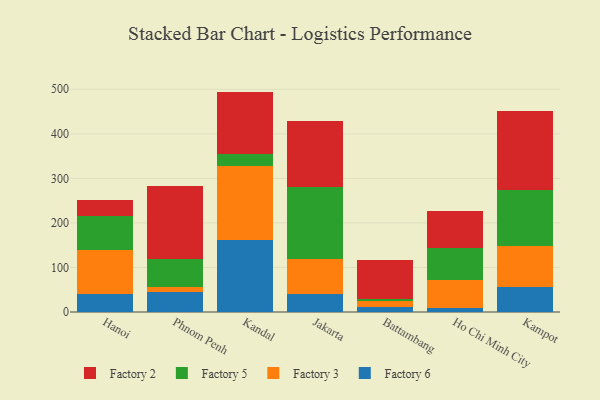
{"axis": {"x": "City", "y": "Churn Rate (%)"}, "legend": ["Factory 2", "Factory 3", "Factory 5", "Factory 6"], "data": [{"x": "Hanoi", "y": 39.8, "type": "Factory 6"}, {"x": "Hanoi", "y": 99.4, "type": "Factory 3"}, {"x": "Hanoi", "y": 76.9, "type": "Factory 5"}, {"x": "Hanoi", "y": 35.9, "type": "Factory 2"}, {"x": "Phnom Penh", "y": 44.6, "type": "Factory 6"}, {"x": "Phnom Penh", "y": 10.5, "type": "Factory 3"}, {"x": "Phnom Penh", "y": 63.8, "type": "Factory 5"}, {"x": "Phnom Penh", "y": 164.5, "type": "Factory 2"}, {"x": "Kandal", "y": 161.5, "type": "Factory 6"}, {"x": "Kandal", "y": 167.1, "type": "Factory 3"}, {"x": "Kandal", "y": 25.7, "type": "Factory 5"}, {"x": "Kandal", "y": 140.5, "type": "Factory 2"}, {"x": "Jakarta", "y": 40.1, "type": "Factory 6"}, {"x": "Jakarta", "y": 79.8, "type": "Factory 3"}, {"x": "Jakarta", "y": 161.0, "type": "Factory 5"}, {"x": "Jakarta", "y": 148.8, "type": "Factory 2"}, {"x": "Battambang", "y": 11.0, "type": "Factory 6"}, {"x": "Battambang", "y": 13.1, "type": "Factory 3"}, {"x": "Battambang", "y": 5.8, "type": "Factory 5"}, {"x": "Battambang", "y": 86.1, "type": "Factory 2"}, {"x": "Ho Chi Minh City", "y": 8.0, "type": "Factory 6"}, {"x": "Ho Chi Minh City", "y": 64.4, "type": "Factory 3"}, {"x": "Ho Chi Minh City", "y": 72.2, "type": "Factory 5"}, {"x": "Ho Chi Minh City", "y": 82.1, "type": "Factory 2"}, {"x": "Kampot", "y": 56.2, "type": "Factory 6"}, {"x": "Kampot", "y": 92.9, "type": "Factory 3"}, {"x": "Kampot", "y": 125.0, "type": "Factory 5"}, {"x": "Kampot", "y": 178.2, "type": "Factory 2"}]}